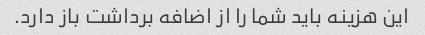
این هزینه باید شما را از اضافه برداشت باز دارد.